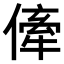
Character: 𠍉